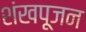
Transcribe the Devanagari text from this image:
शंखपूजन